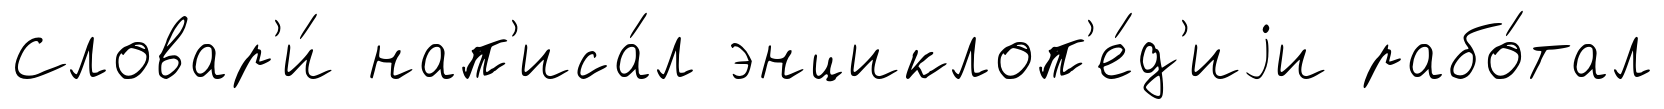
Словар'и́ нап'иса́л энциклоп'е́д'иjи рабо́тал